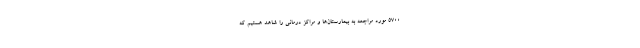
۵۷۰۰ مورد مراجعه به بیمارستان‌ها و مراکز درمانی را شاهد هستیم که